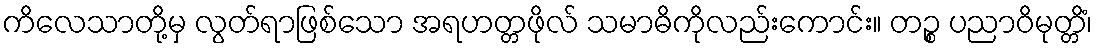
ကိလေသာတို့မှ လွတ်ရာဖြစ်သော အရဟတ္တဖိုလ် သမာဓိကိုလည်းကောင်း။ တဉ္စ ပညာဝိမုတ္တိံ၊